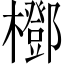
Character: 𣞽